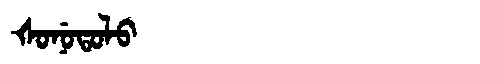
Manchu: ᡧᠣᠨᡠᡨᠣᠯᠣ
Romanization: ŠONUTOLO